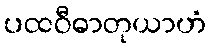
ပထဝီဓာတုယာဟံ